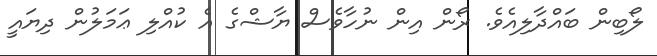
ލޯބިން ބައްދާލިއެވެ. ރޯން އިން ނުހާވެސް ޔާޝްގެ އެ ކުއްލި ޢަމަލުން ދިޔައީ